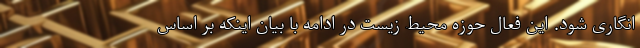
انگاری شود. این فعال حوزه محیط زیست در ادامه با بیان اینکه بر اساس